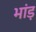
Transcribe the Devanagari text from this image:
भांड़